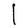
Character: l